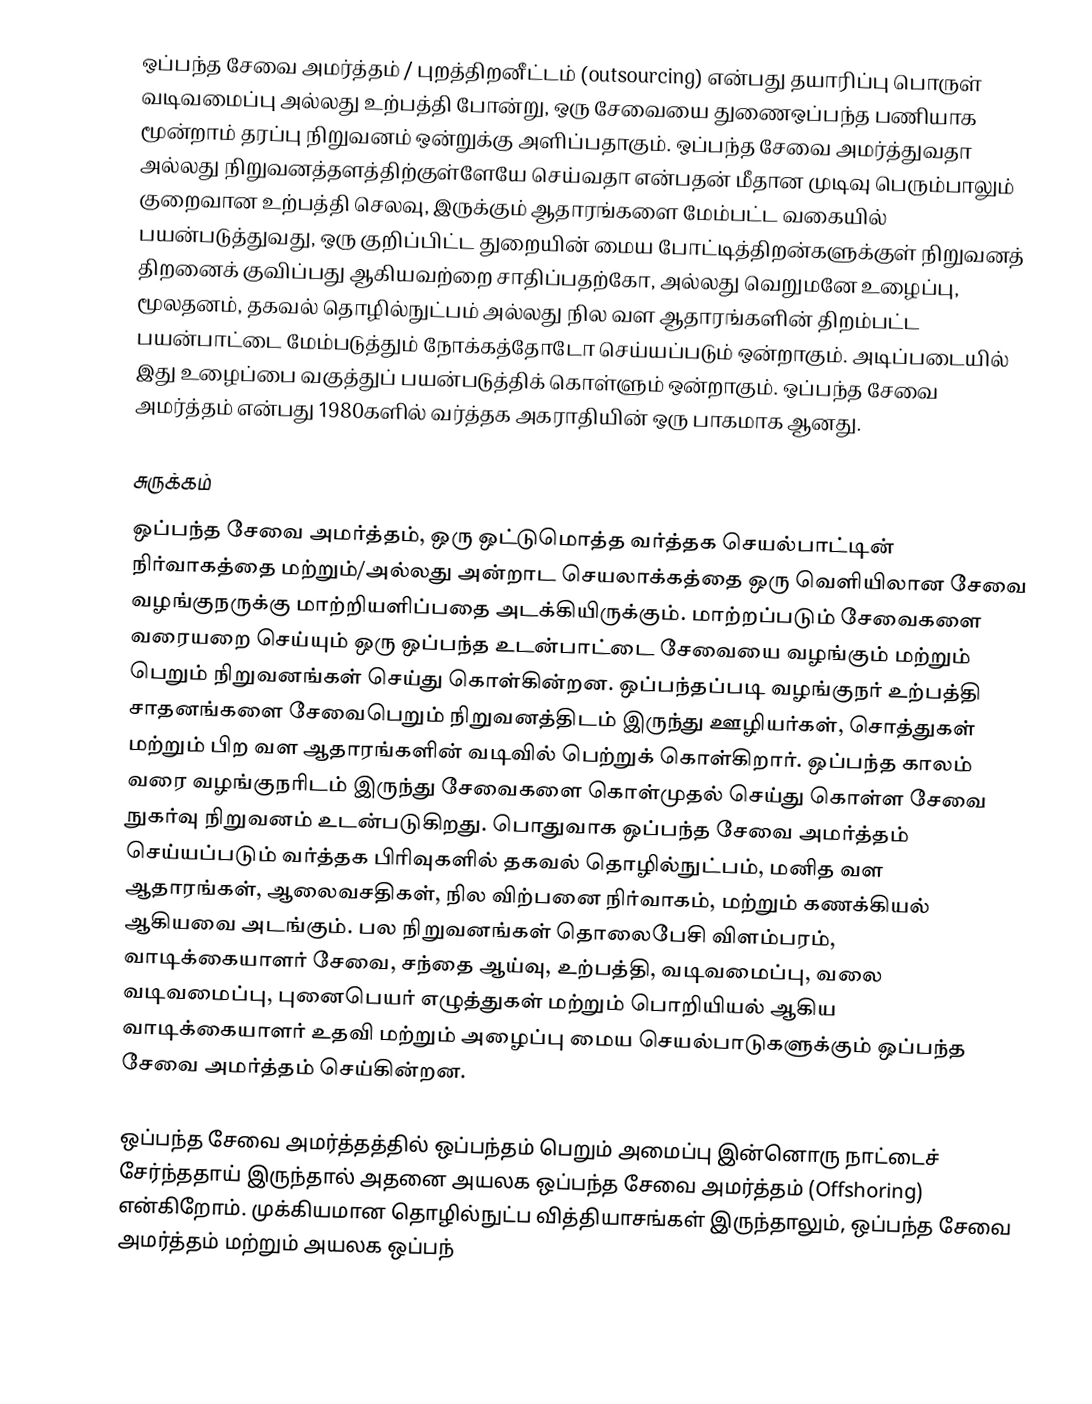
ஒப்பந்த சேவை அமர்த்தம் / புறத்திறனீட்டம் (outsourcing) என்பது தயாரிப்பு பொருள் வடிவமைப்பு அல்லது உற்பத்தி போன்று, ஒரு சேவையை துணைஒப்பந்த பணியாக மூன்றாம் தரப்பு நிறுவனம் ஒன்றுக்கு அளிப்பதாகும்.  ஒப்பந்த சேவை அமர்த்துவதா அல்லது நிறுவனத்தளத்திற்குள்ளேயே செய்வதா என்பதன் மீதான முடிவு பெரும்பாலும் குறைவான உற்பத்தி செலவு, இருக்கும் ஆதாரங்களை மேம்பட்ட வகையில் பயன்படுத்துவது, ஒரு குறிப்பிட்ட துறையின் மைய போட்டித்திறன்களுக்குள் நிறுவனத் திறனைக் குவிப்பது ஆகியவற்றை சாதிப்பதற்கோ, அல்லது வெறுமனே உழைப்பு, மூலதனம், தகவல் தொழில்நுட்பம் அல்லது நில வள ஆதாரங்களின் திறம்பட்ட பயன்பாட்டை மேம்படுத்தும் நோக்கத்தோடோ செய்யப்படும் ஒன்றாகும்.  அடிப்படையில் இது உழைப்பை வகுத்துப் பயன்படுத்திக் கொள்ளும் ஒன்றாகும்.  ஒப்பந்த சேவை அமர்த்தம் என்பது 1980களில் வர்த்தக அகராதியின் ஒரு பாகமாக ஆனது.

சுருக்கம்
ஒப்பந்த சேவை அமர்த்தம், ஒரு ஒட்டுமொத்த வர்த்தக செயல்பாட்டின் நிர்வாகத்தை மற்றும்/அல்லது அன்றாட செயலாக்கத்தை ஒரு வெளியிலான சேவை வழங்குநருக்கு மாற்றியளிப்பதை அடக்கியிருக்கும்.  மாற்றப்படும் சேவைகளை வரையறை செய்யும் ஒரு ஒப்பந்த உடன்பாட்டை சேவையை வழங்கும் மற்றும் பெறும் நிறுவனங்கள் செய்து கொள்கின்றன.  ஒப்பந்தப்படி வழங்குநர் உற்பத்தி சாதனங்களை சேவைபெறும் நிறுவனத்திடம் இருந்து ஊழியர்கள், சொத்துகள் மற்றும் பிற வள ஆதாரங்களின் வடிவில் பெற்றுக் கொள்கிறார்.  ஒப்பந்த காலம் வரை வழங்குநரிடம் இருந்து சேவைகளை கொள்முதல் செய்து கொள்ள சேவை நுகர்வு நிறுவனம் உடன்படுகிறது.  பொதுவாக ஒப்பந்த சேவை அமர்த்தம் செய்யப்படும் வர்த்தக பிரிவுகளில் தகவல் தொழில்நுட்பம், மனித வள ஆதாரங்கள், ஆலைவசதிகள், நில விற்பனை நிர்வாகம், மற்றும் கணக்கியல் ஆகியவை அடங்கும்.  பல நிறுவனங்கள் தொலைபேசி விளம்பரம், வாடிக்கையாளர் சேவை, சந்தை ஆய்வு, உற்பத்தி, வடிவமைப்பு, வலை வடிவமைப்பு, புனைபெயர் எழுத்துகள் மற்றும் பொறியியல் ஆகிய வாடிக்கையாளர் உதவி மற்றும் அழைப்பு மைய செயல்பாடுகளுக்கும் ஒப்பந்த சேவை அமர்த்தம் செய்கின்றன.

ஒப்பந்த சேவை அமர்த்தத்தில் ஒப்பந்தம் பெறும் அமைப்பு இன்னொரு நாட்டைச் சேர்ந்ததாய் இருந்தால் அதனை அயலக ஒப்பந்த சேவை அமர்த்தம் (Offshoring) என்கிறோம். முக்கியமான தொழில்நுட்ப வித்தியாசங்கள் இருந்தாலும், ஒப்பந்த சேவை அமர்த்தம் மற்றும் அயலக ஒப்பந்